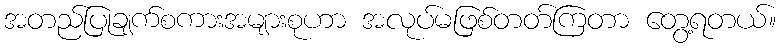
အတည်ပြုချက်စကားအများစုဟာ အလုပ်မဖြစ်တတ်ကြတာ တွေ့ရတယ်။